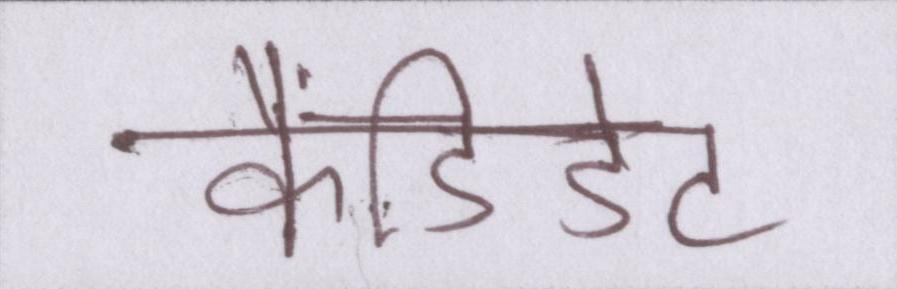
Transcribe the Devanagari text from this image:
कैंडिडेट